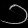
Digit: ၁